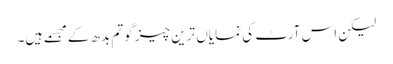
لیکن اس آرٹ کی نمایاں ترین چیز گوتم بدھ کے مجسمے ہیں۔